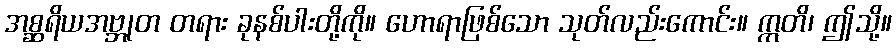
အစ္ဆရိယအဗ္ဘုတ တရား ခုနစ်ပါးတို့ကို။ ဟောရာဖြစ်သော သုတ်လည်းကောင်း။ ဣတိ၊ ဤသို့။